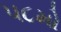
૫૮મો